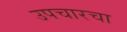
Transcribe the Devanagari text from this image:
उपचारचा